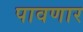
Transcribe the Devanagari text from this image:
पावणार